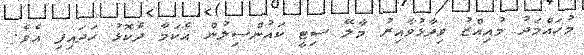
މުހައްމަދު މުއިއްޒު ވިދާޅުވާއިރު މާލޭ ސިޓީ ކައުންސިލުން އެކަމާ ދެކޮޅު ހަދައިފި އެވެ.